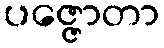
ပဇ္ဇောတာ